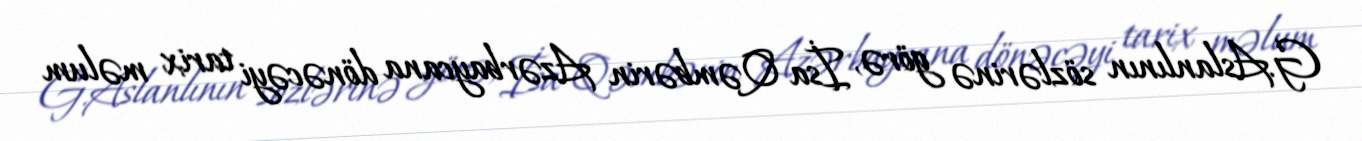
G.Aslanlının sözlərinə görə, İsa Qəmbərin Azərbaycana dönəcəyi tarix məlum